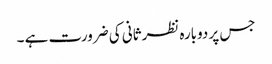
جس پر دوبارہ نظرثانی کی ضرورت ہے ۔